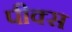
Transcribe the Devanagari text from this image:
पीक्स